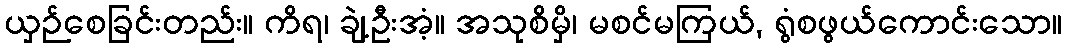
ယှဉ်စေခြင်းတည်း။ ကိရ၊ ချဲ့ဦးအံ့။ အသုစိမှိ၊ မစင်မကြယ်, ရွံစဖွယ်ကောင်းသော။